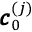
\pmb { c } _ { 0 } ^ { ( j ) }